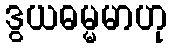
ဒွယဓမ္မမာဟု